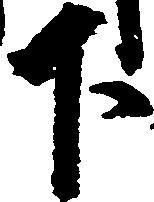
下